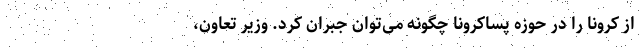
از کرونا را در حوزه پساکرونا چگونه می‌توان جبران کرد. وزیر تعاون،